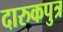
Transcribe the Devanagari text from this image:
दारुकपुत्र